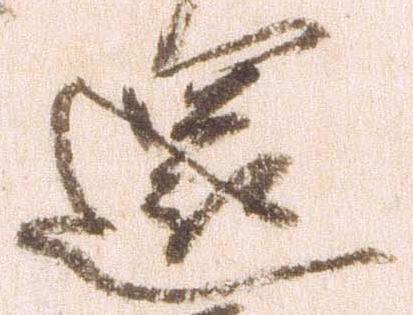
還